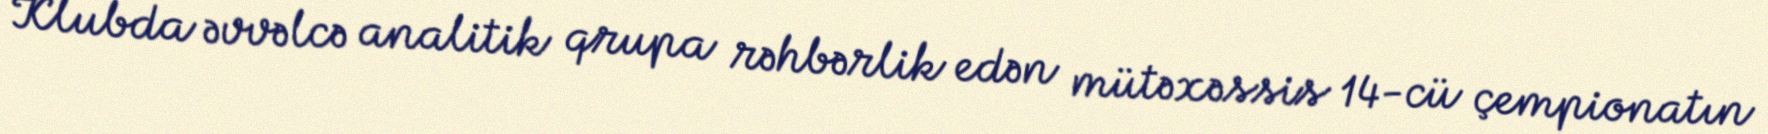
Klubda əvvəlcə analitik qrupa rəhbərlik edən mütəxəssis 14-cü çempionatın